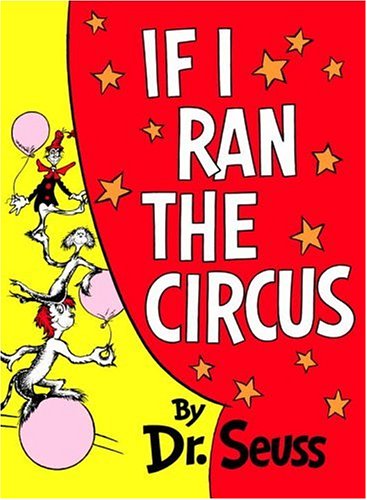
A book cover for If I Ran the Circus (Classic Seuss); Dr. Seuss; Children's Books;